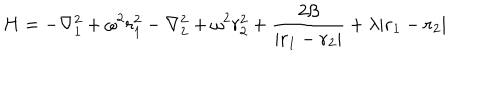
LaTeX: H = - \nabla _ { 1 } ^ { 2 } + \omega ^ { 2 } r _ { 1 } ^ { 2 } - \nabla _ { 2 } ^ { 2 } + \omega ^ { 2 } r _ { 2 } ^ { 2 } + { \frac { 2 \beta } { | { \bf r } _ { 1 } - { \bf r } _ { 2 } | } } + \lambda | { \bf r } _ { 1 } - { \bf r } _ { 2 } |